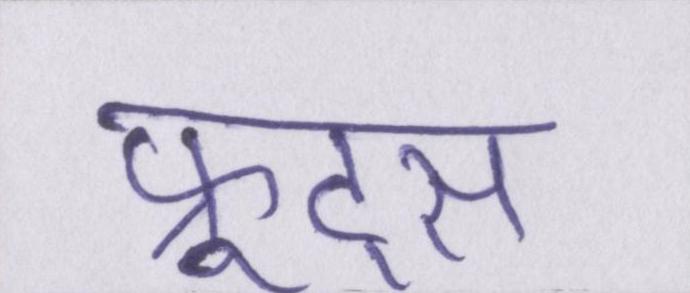
फ्रूट्स